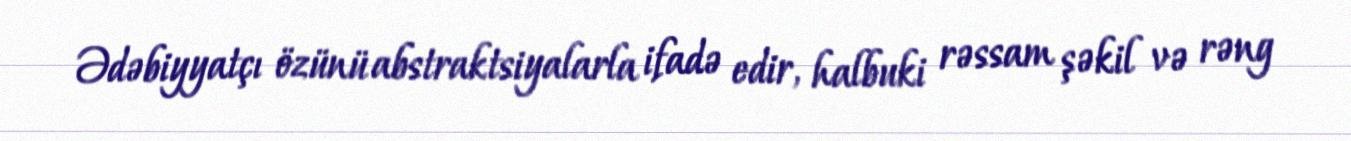
Ədəbiyyatçı özünü abstraktsiyalarla ifadə edir, halbuki rəssam şəkil və rəng